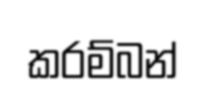
කරම්බන්